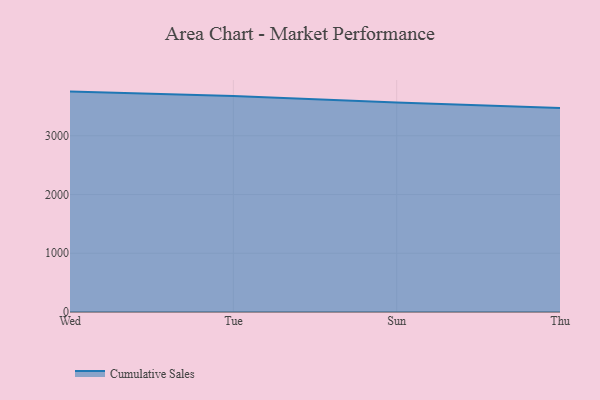
{"axis": {"x": "Day", "y": "Temperature (°C)"}, "legend": ["Cumulative Sales"], "data": [{"x": "Wed", "y": 3752.2, "type": "Cumulative Sales"}, {"x": "Tue", "y": 3678.3, "type": "Cumulative Sales"}, {"x": "Sun", "y": 3565.3, "type": "Cumulative Sales"}, {"x": "Thu", "y": 3470.9, "type": "Cumulative Sales"}]}